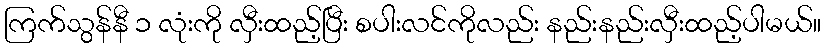
ကြက်သွန်နီ ၁ လုံးကို လှီးထည့်ပြီး စပါးလင်ကိုလည်း နည်းနည်းလှီးထည့်ပါမယ်။